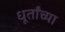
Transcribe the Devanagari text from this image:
धूर्तांच्या